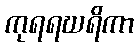
ကုရရဃရိကာ